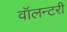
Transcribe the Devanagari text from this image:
वॉलन्टरी